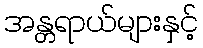
အန္တရာယ်များနှင့်